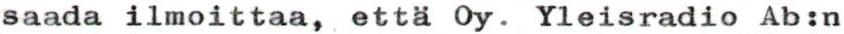
saada ilmoittaa, että Oy. Yleisradio Ab:n